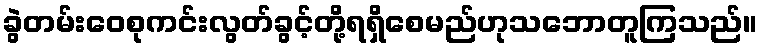
ခွဲတမ်းဝေစုကင်းလွတ်ခွင့်တို့ရရှိစေမည်ဟုသဘောတူကြသည်။